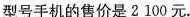
型号手机的售价是2100元.